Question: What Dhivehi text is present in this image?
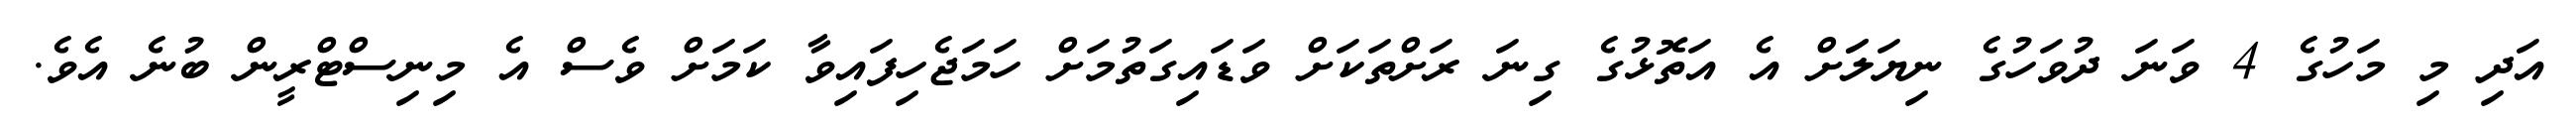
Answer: އަދި މި މަހުގެ 4 ވަނަ ދުވަހުގެ ނިޔަލަަށް އެ އަތޮޅުގެ ގިނަ ރަށްތަކަށް ވަޑައިގަތުމަށް ހަމަޖެހިފައިވާ ކަމަށް ވެސް އެ މިނިސްޓްރީން ބުނެ އެވެ.